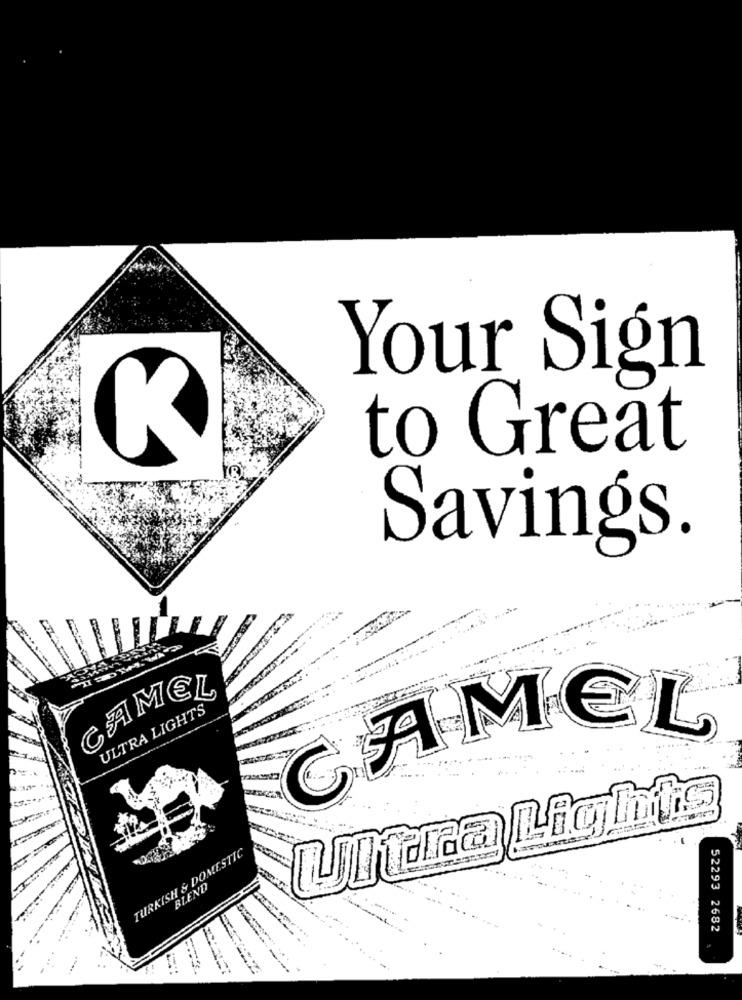
Your Sign
to Great
Savings.
CAMEL
ULTRA LIGHTS
CAMEL
TURKISH & DOMESTIC
BLEND
52293 2682